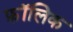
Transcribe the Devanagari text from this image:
फ़ॉलिक